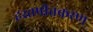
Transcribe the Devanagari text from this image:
हस्तपीतकरण